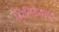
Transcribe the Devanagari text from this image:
सिलिंडरातच